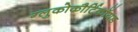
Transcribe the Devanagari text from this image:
ग्लुकोकौर्टिकॉयड